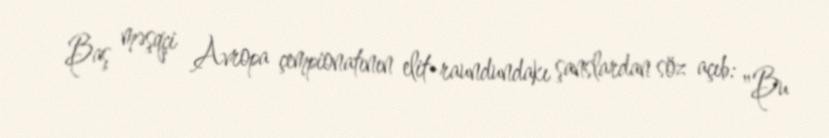
Baş məşqçi Avropa çempionatının elit-raundundakı şanslardan söz açıb: "Bu